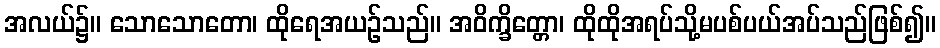
အလယ်၌။ သောသောတော၊ ထိုရေအယဉ်သည်။ အဝိက္ခိတ္တော၊ ထိုထိုအရပ်သို့မပစ်ပယ်အပ်သည်ဖြစ်၍။